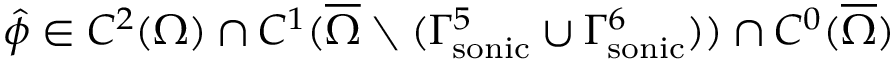
\hat { \phi } \in C ^ { 2 } ( \Omega ) \cap C ^ { 1 } ( \overline { { \Omega } } \setminus ( { \Gamma _ { \mathrm { s o n i c } } ^ { 5 } } \cup { \Gamma _ { \mathrm { s o n i c } } ^ { 6 } } ) ) \cap C ^ { 0 } ( \overline { { \Omega } } )